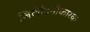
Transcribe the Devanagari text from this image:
जिलेटिनीकारक